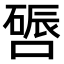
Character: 𫫪